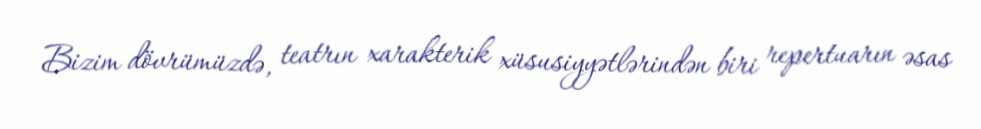
Bizim dövrümüzdə, teatrın xarakterik xüsusiyyətlərindən biri repertuarın əsas